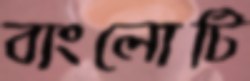
বাংলোটি